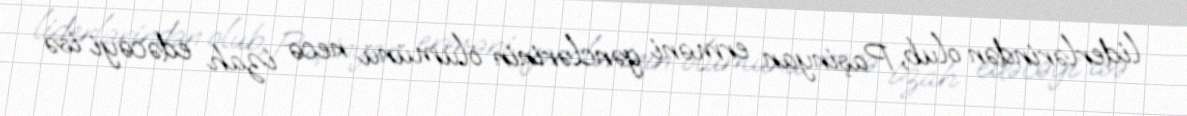
liderlərindən olub, Paşinyan erməni gənclərinin ölümünü necə izah edəcəyi isə